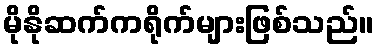
မိုနိုဆက်ကရိုက်များဖြစ်သည်။